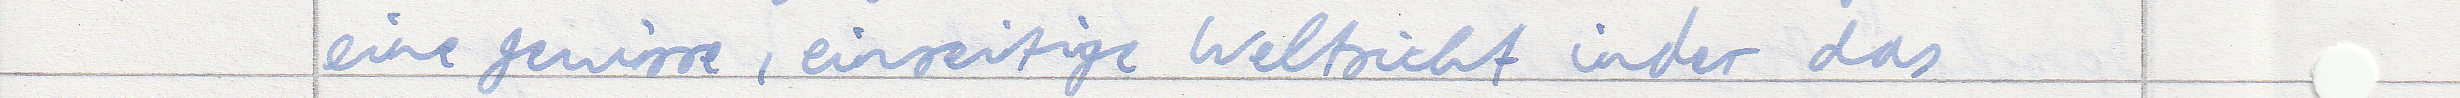
eine gewisse, einseitige Weltsicht inder das